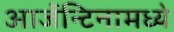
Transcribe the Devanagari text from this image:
आर्जेन्टिनामध्ये